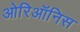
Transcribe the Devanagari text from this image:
ओरिऑनिस